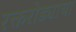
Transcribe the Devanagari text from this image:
रक्तरोड्याचा